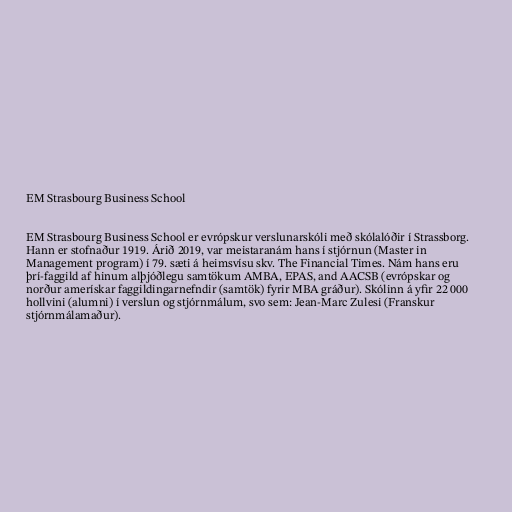
EM Strasbourg Business School

EM Strasbourg Business School er evrópskur verslunarskóli með skólalóðir í Strassborg.
Hann er stofnaður 1919. Árið 2019, var meistaranám hans í stjórnun (Master in
Management program) í 79. sæti á heimsvísu skv. The Financial Times. Nám hans eru
þrí-faggild af hinum alþjóðlegu samtökum AMBA, EPAS, and AACSB (evrópskar og
norður amerískar faggildingarnefndir (samtök) fyrir MBA gráður). Skólinn á yfir 22 000
hollvini (alumni) í verslun og stjórnmálum, svo sem: Jean-Marc Zulesi (Franskur
stjórnmálamaður).